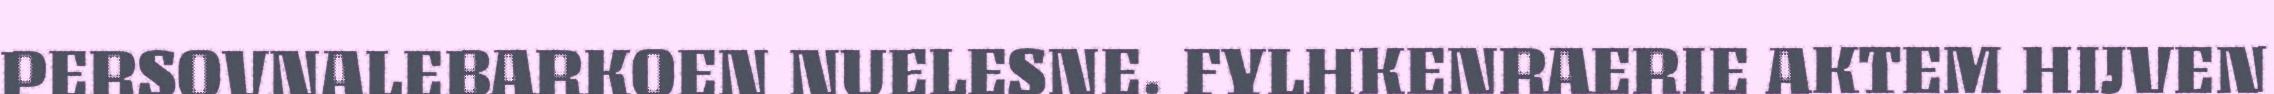
PERSOVNALEBARKOEN NUELESNE. FYLHKENRAERIE AKTEM HIJVEN